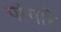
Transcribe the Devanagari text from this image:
पांगारे